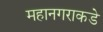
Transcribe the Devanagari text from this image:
महानगराकडे